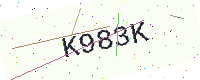
Text: K983K